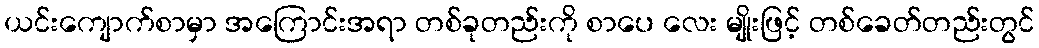
ယင်းကျောက်စာမှာ အကြောင်းအရာ တစ်ခုတည်းကို စာပေ လေး မျိုးဖြင့် တစ်ခေတ်တည်းတွင်